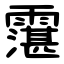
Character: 霮